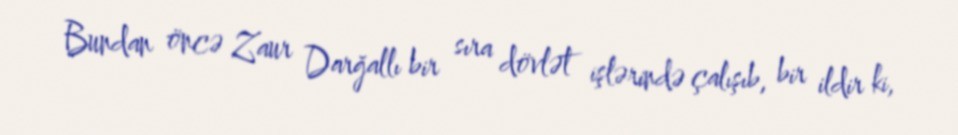
Bundan öncə Zaur Darğallı bir sıra dövlət işlərində çalışıb, bir ildir ki,